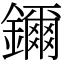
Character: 鑈